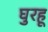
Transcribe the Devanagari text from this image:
घुरहू